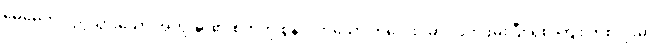
မေမေက လွင့်သွားသော အကျွန်ုပ်၏ စိတ်ကို စွန်လိုက်သော ကလေးပမာ လိုက်ဖမ်းပြီး ရစ် ကြိုး တစ်လုံးမှာ